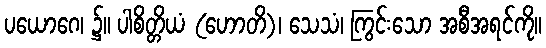
ပယောဂေ၊ ၌။ ပါစိတ္တိယံ (ဟောတိ)၊ သေသံ၊ ကြွင်းသော အစီအရင်ကို။